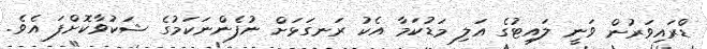
ޑްރައިވަރުން ވަނީ ލައިޓުގެ އަލި މަޑުކަމާ އެކު ރަނގަޅަށް ނުފެންނަކަމުގެ ޝަކުވާކޮށްފަ އެވެ.